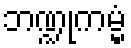
ဘဏ္ဍုကမ္မံ